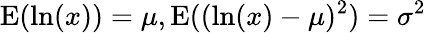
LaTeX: \operatorname{E}(\ln(x))=\mu,\operatorname{E}((\ln(x)-\mu)^{2})=\sigma^{2}